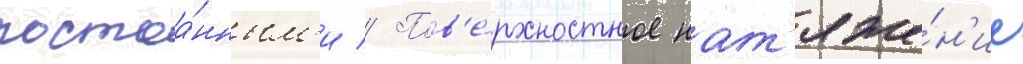
постоа́нным'и // Пов'е́рхностное нат'яже́н'ие